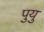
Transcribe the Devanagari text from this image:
पुयु